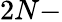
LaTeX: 2N-